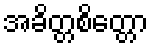
အခိတ္တစိတ္တော